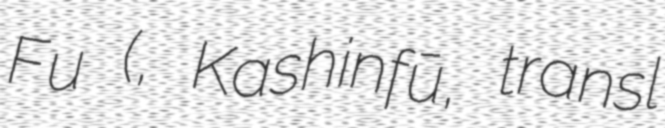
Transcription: Fu (花信風, Kashinfū, transl